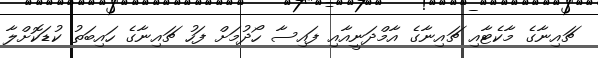
ޗައިނާގެ މާކެޓާއި ޗައިނާގެ އާމްދަނީއާއި ފައިސާ ހޯދުމަށް ފަހު ޗައިނާގެ ހައިބަތު ކުޑަކޮށްލާ